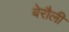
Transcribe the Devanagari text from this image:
बेरौली